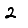
Digit: 2